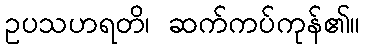
ဥပသဟရတိ၊ ဆက်ကပ်ကုန်၏။